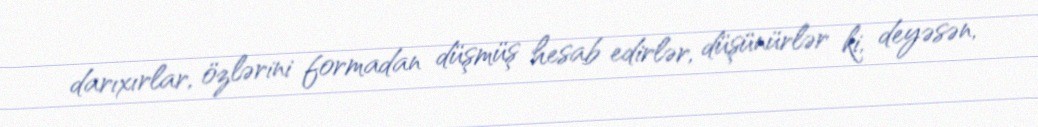
darıxırlar, özlərini formadan düşmüş hesab edirlər, düşünürlər ki, deyəsən,